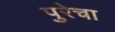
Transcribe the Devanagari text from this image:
पुरेचा